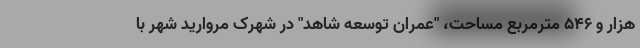
هزار و ۵۴۶ مترمربع مساحت، "عمران توسعه شاهد" در شهرک مروارید شهر با